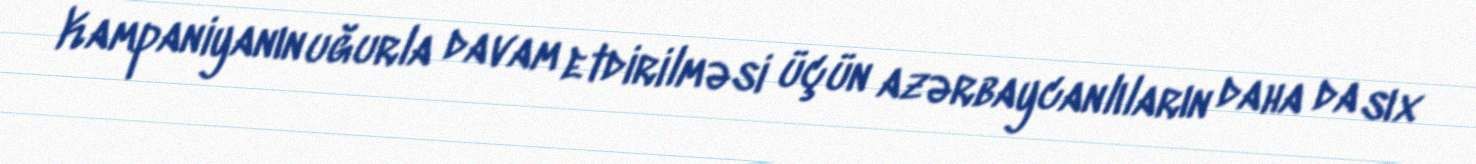
Kampaniyanın uğurla davam etdirilməsi üçün azərbaycanlıların daha da sıx